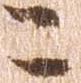
こ